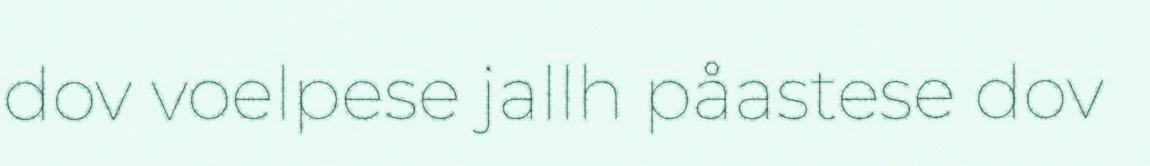
dov voelpese jallh påastese dov